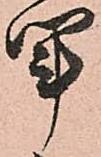
軍